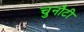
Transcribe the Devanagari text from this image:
चुनौटी